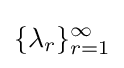
\{\lambda _{r}\}_{r=1}^{\infty }